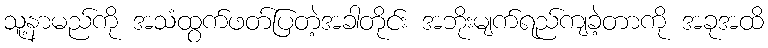
သူ့နာမည်ကို အသံထွက်ဖတ်ပြတဲ့အခါတိုင်း အဘိုးမျက်ရည်ကျခဲ့တာကို အခုအထိ